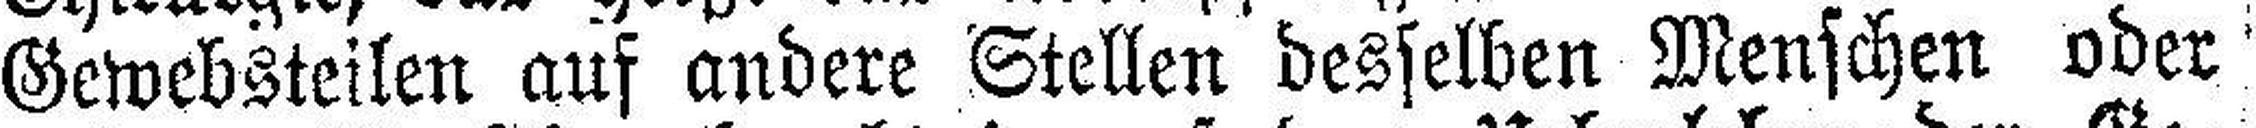
Gewebsteilen auf andere Stellen desselben Menschen oder